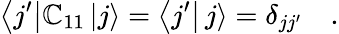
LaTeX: \left<j^{\prime}\right|\mathbb{C}_{11}\left|j\right>=\left<j^{\prime}\right|\left.j\right>=\delta_{jj^{\prime}}\quad.